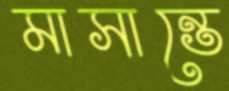
মাসান্তে